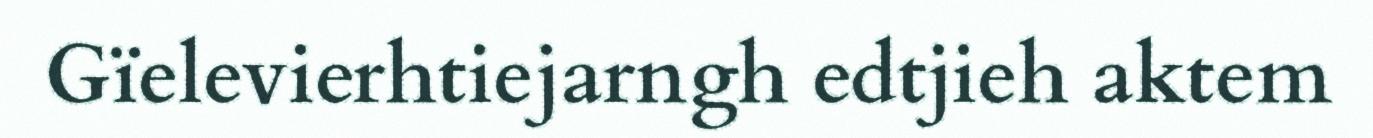
Gïelevierhtiejarngh edtjieh aktem